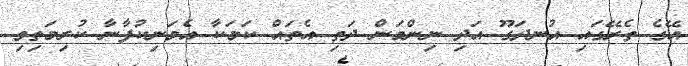
އޭގެ ތެރޭގައި އުނދަގޫ އަދި ނިންމަން ދަތި އެތައް ކަމަކާ އެމަނިކުފާނާ ކުރިމަތިވި